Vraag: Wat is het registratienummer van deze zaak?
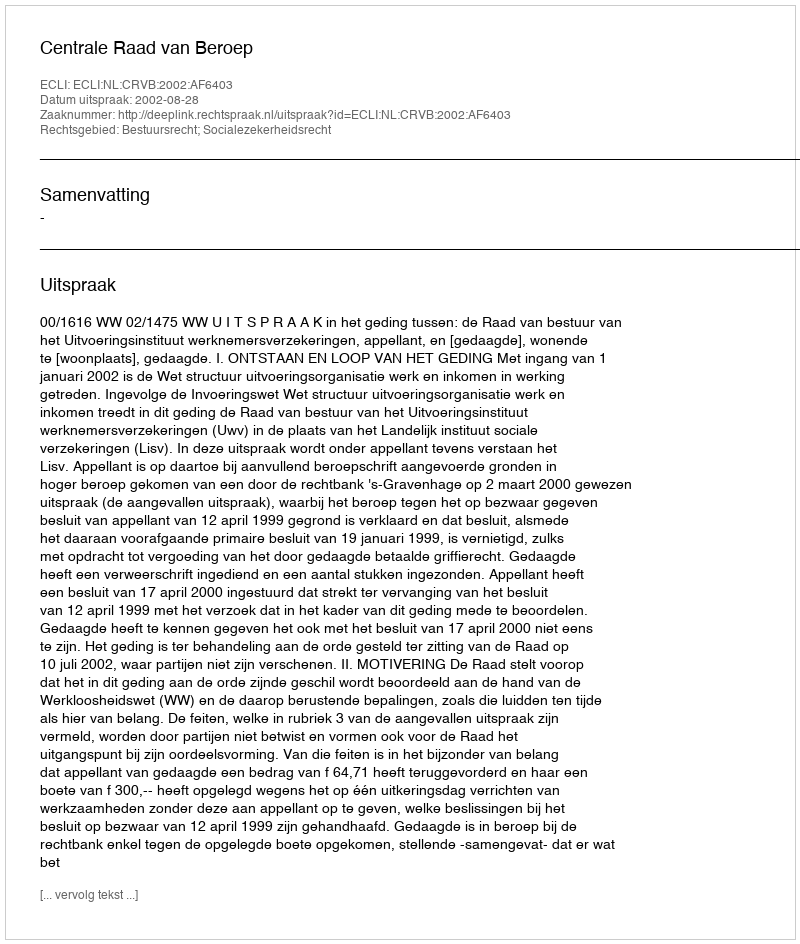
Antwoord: http://deeplink.rechtspraak.nl/uitspraak?id=ECLI:NL:CRVB:2002:AF6403